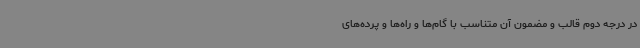
در درجه دوم قالب و مضمون آن متناسب با گام‌ها و راه‌ها و پرده‌های